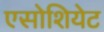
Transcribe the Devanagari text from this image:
एसोशियेट